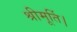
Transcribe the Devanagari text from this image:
श्रीमूर्ति।